Vaccination in Burma 1900-1911 - 1900-1911
Year: 1900
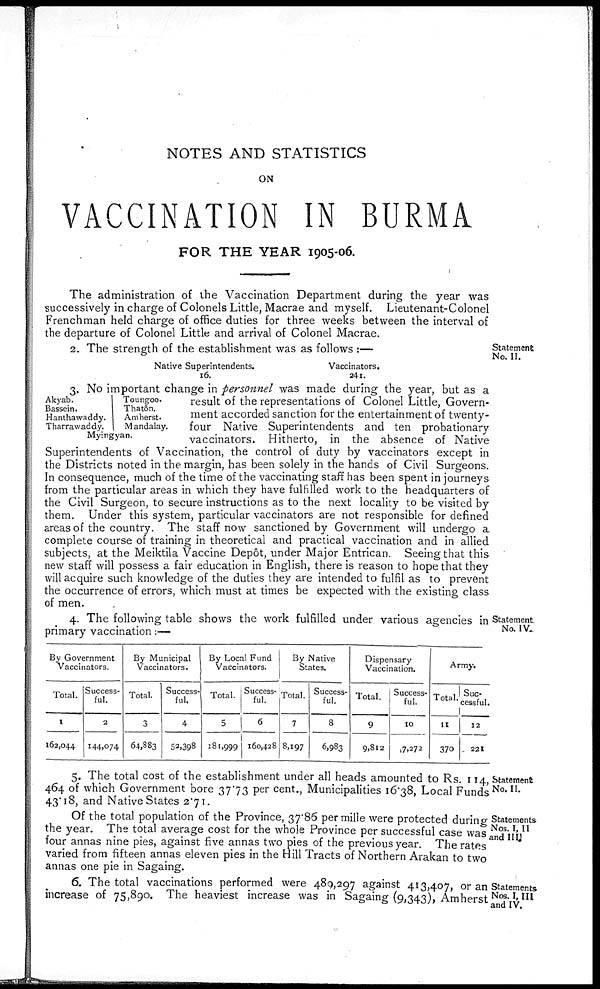
NOTES AND STATISTICS
ON
VACCINATION IN BURMA
FOR THE YEAR 1905-06.
The administration of the Vaccination Department during the year was
successively in charge of Colonels Little, Macrae and myself. Lieutenant-Colonel
Frenchman held charge of office duties for three weeks between the interval of
the departure of Colonel Little and arrival of Colonel Macrae.
Statement
No. II.
2. The strength of the establishment was as follows :—
Native Superintendents.
16.
Vaccinators.
241.
Akyab.
Bassein.
Hanthawaddy.
Tharrawaddy.
Toungoo.
Thatôn.
Amherst.
Mandalay.
Myingyan.
3. No important change in personnel was made during the year, but as a
result of the representations of Colonel Little, Govern-
ment accorded sanction for the entertainment of twenty-
four Native Superintendents and ten probationary
vaccinators. Hitherto, in the absence of Native
Superintendents of Vaccination, the control of duty by vaccinators except in
the Districts noted in the margin, has been solely in the hands of Civil Surgeons.
In consequence, much of the time of the vaccinating staff has been spent in journeys
from the particular areas in which they have fulfilled work to the headquarters of
the Civil Surgeon, to secure instructions as to the next locality to be visited by
them. Under this system, particular vaccinators are not responsible for defined
areas of the country. The staff now sanctioned by Government will undergo a
complete course of training in theoretical and practical vaccination and in allied
subjects, at the Meiktila Vaccine Depôt, under Major Entrican. Seeing that this
new staff will possess a fair education in English, there is reason to hope that they
will acquire such knowledge of the duties they are intended to fulfil as to prevent
the occurrence of errors, which must at times be expected with the existing class
of men.
Statement
No. IV.
4. The following table shows the work fulfilled under various agencies in
primary vaccination:—
By Government
Vaccinators.
Total.
I
162,044
Success-
ful.
2
144,074
By Municipal
Vaccinators.
Total.
3
64,883
Success-
ful.
4
52,398
By Local Fund
Vaccinators.
Total.
5
181,999
Success-
ful.
6
160,428
By Native
States.
Total.
7
8,197
Success-
ful.
8
6,983
Dispensary
Vaccination.
Total.
9
9,812
Success-
ful.
10
17,272
Army.
Total.
11
370
Suc-
cessful.
12
221
Statement
No. II.
5. The total cost of the establishment under all heads amounted to Rs. 114,
464 of which Government bore 37.73 per cent., Municipalities 16.38, Local Funds
43.18, and Native States 2.71.
Statements
Nos. I, II
and III.
Of the total population of the Province, 37.86 per mille were protected during
the year. The total average cost for the whole Province per successful case was
four annas nine pies, against five annas two pies of the previous year. The rates
varied from fifteen annas eleven pies in the Hill Tracts of Northern Arakan to two
annas one pie in Sagaing.
Statements
Nos. I, III
and IV.
6. The total vaccinations performed were 489,297 against 413,407, or an
increase of 75,890. The heaviest increase was in Sagaing (9,343), Amherst